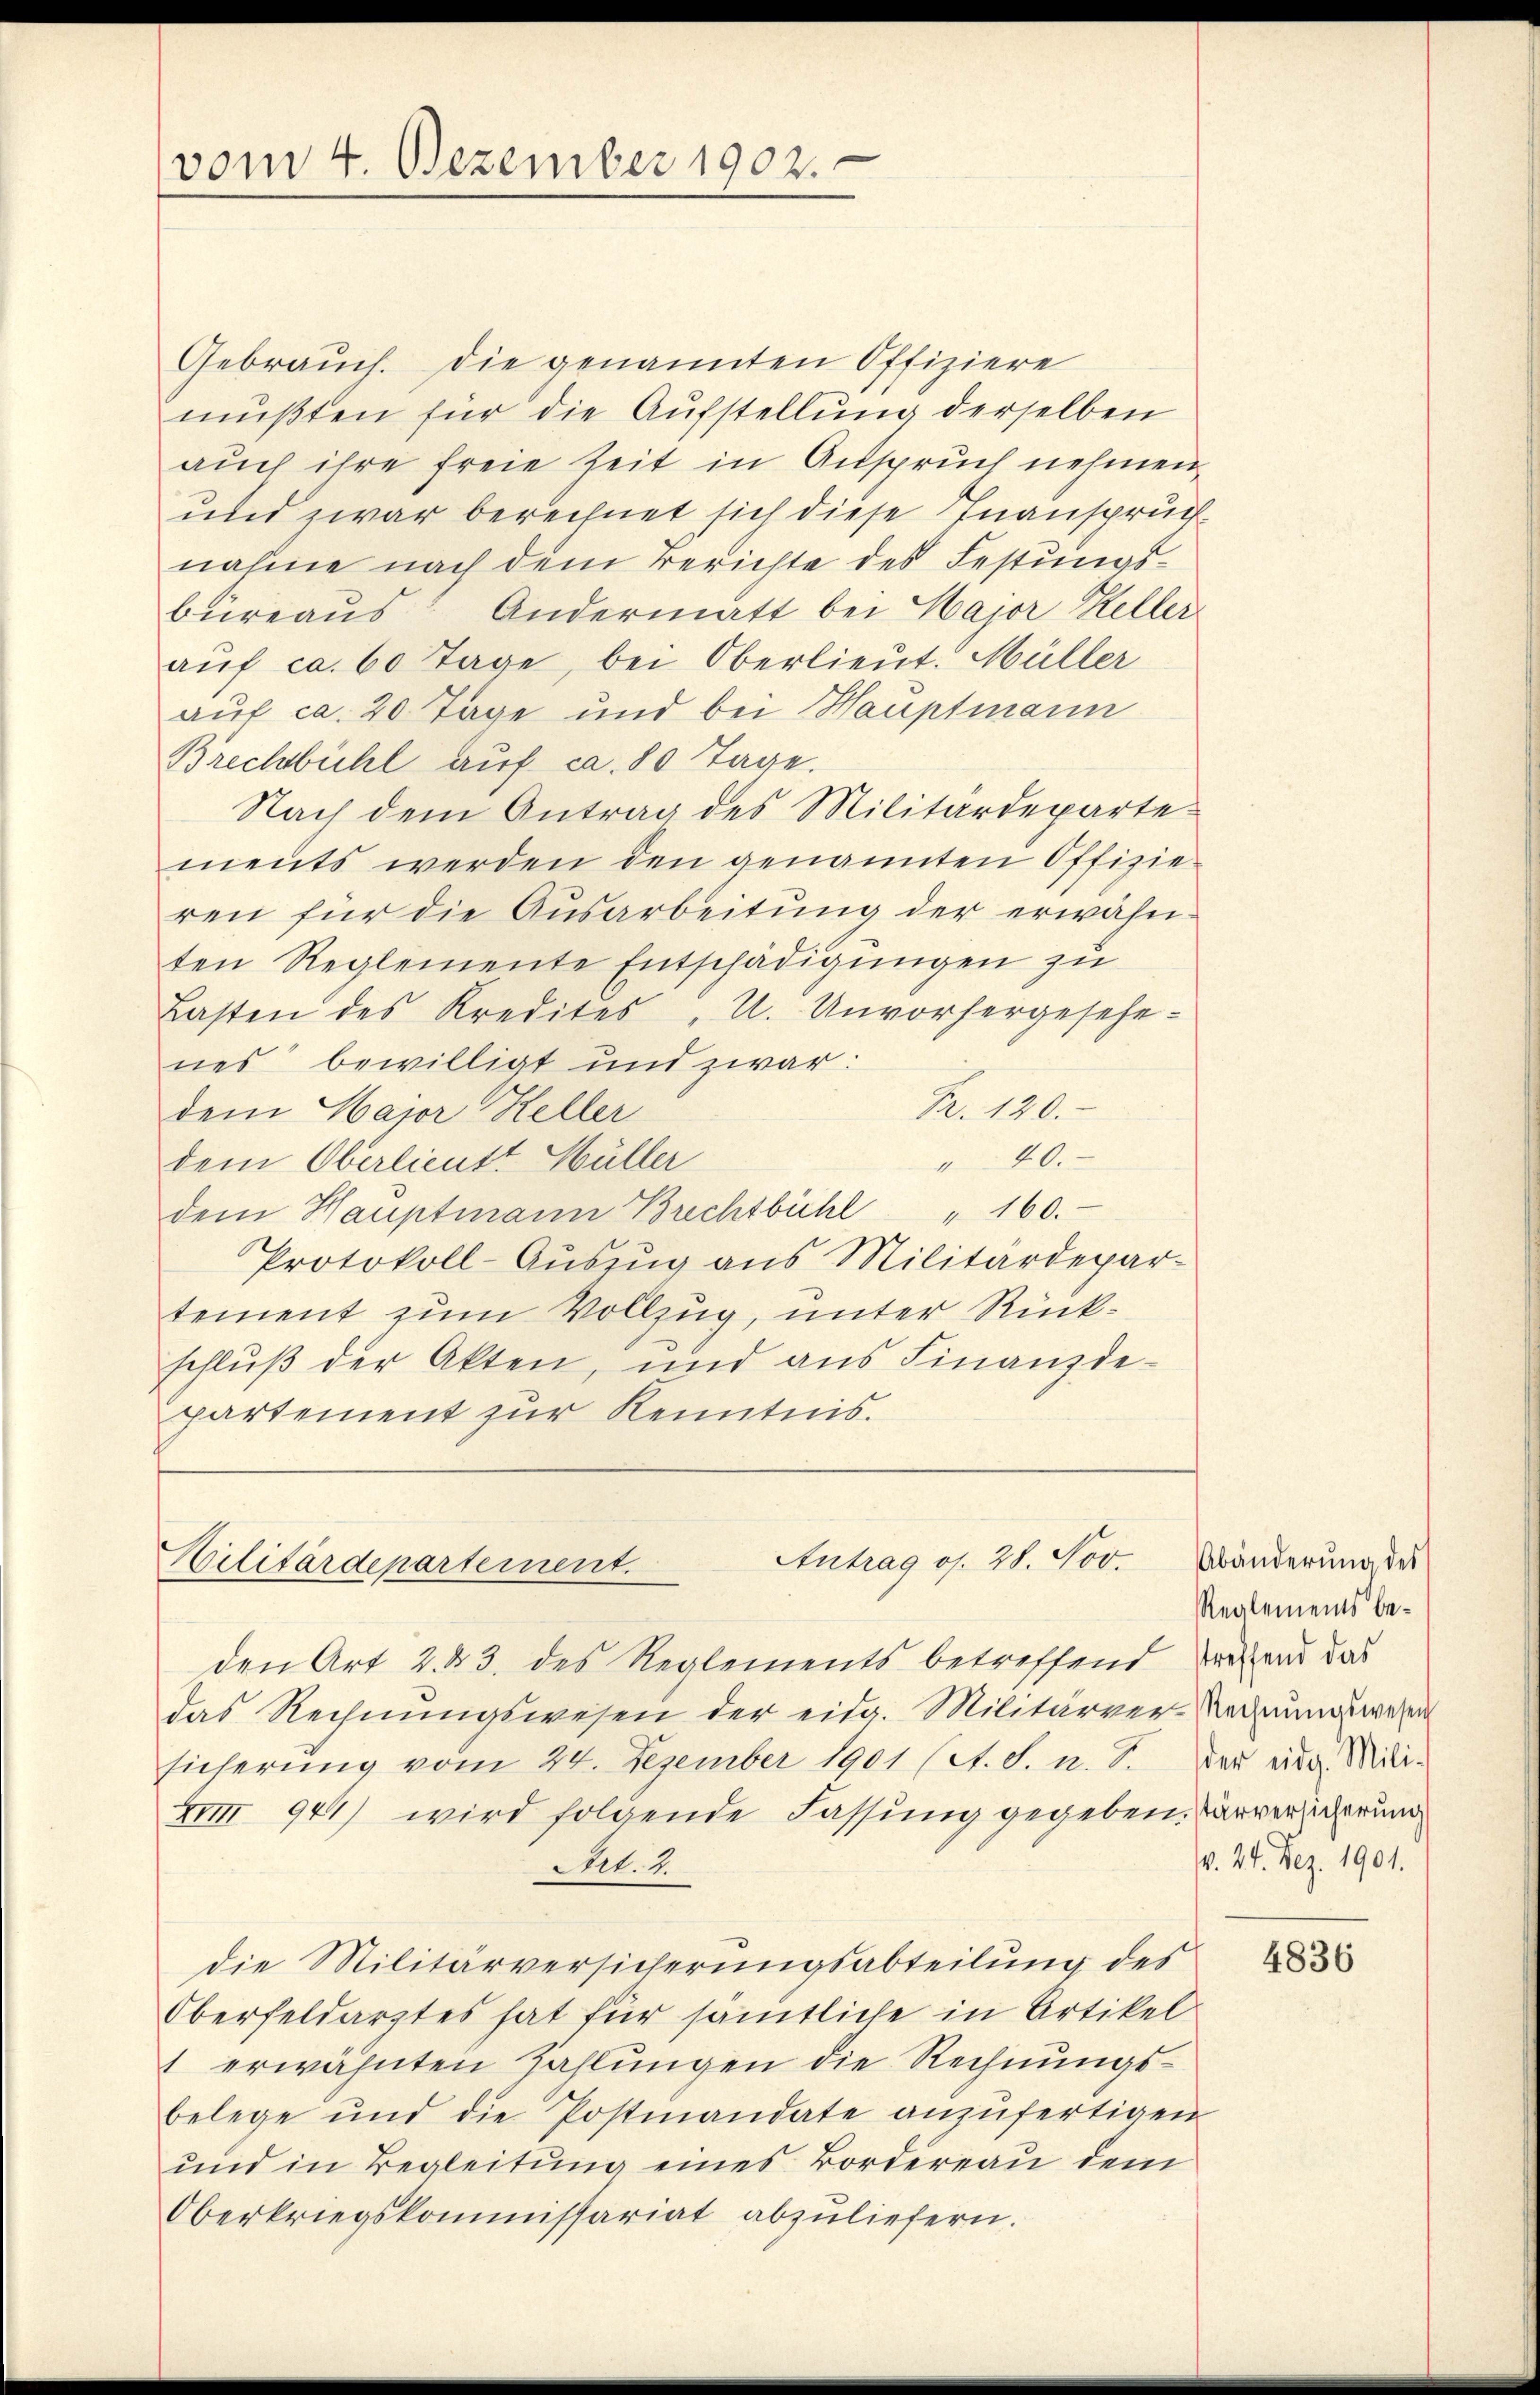
vom 4. Dezember 1902.

Antrag os. 28. Nov.
Militärdepartement.

Gebrauch. Die genannten Offiziere
mußten für die Aufstellung derselben
auch ihre freie Zeit in Anspruch nehmen
und zwar berechnet sich diese Inanspruch
nahme nach dem Berichte des Festungsbüreaŭs Andermatt bei Major Heller
aŭf ca 60 Tage, bei Oberlieut. Müller
auf ca. 20 Tage und bei Hauptmann
Brechbühl auf ca. 80 Tage.
Nach dem Antrag des Militärdeparte
ments werden den genannten Offizie-
ren für die Ausarbeitung der erwähn-
ten Reglemente Entschädigungen zu
Lasten des Kredites " U. Unvorhergesehe-
nes bewilligt und zwar:
Fr. 120.
dem Hajor Keller
40.
dem Oberlieutt Hüller
dem Hauptmann Brechtbühl " 160.
Protokoll-Aŭszŭg ans Militärdepar-
tement zum Vollzug, unter Rückschluß der Akten, und aus Finanzde-
partement zur Kenntnis.

den Art 2. d. 3. des Reglements betreffend wesend das
das Rechnungswesen der eidg. Militärver-Rechnung wegen
sicherung vom 24. Dezember 1901 (St. S. u. S. Der eine Mili¬
XII 944) wird folgende Fassung gegeben. Vorversicherung
Nr. 4.
die Militärversicherungsabteilung des
Oberfeldarztes hat für sämtliche in Artikel
1 erwähnten Zahlungen die Rechnungsbelege und die Postmandate anzufertigen
und in Begleitung eines Bordereau dem
Oberkriegskommissariat abzuliefern.

Abänderung des
Reglements bev. 24. Dez. 1901.

4836